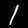
Digit: 1